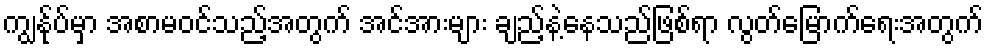
ကျွန်ုပ်မှာ အစာမဝင်သည့်အတွက် အင်အားများ ချည့်နဲ့နေသည်ဖြစ်ရာ လွတ်မြောက်ရေးအတွက်